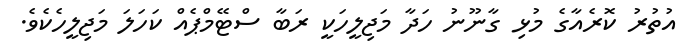
އުތުރު ކޮރެއާގެ މުޅި ގާނޫނު ހަދާ މަޖިލީހަކީ ރަބާ ސްޓޭމްޕެއް ކަހަލަ މަޖިލީހެކެވެ.